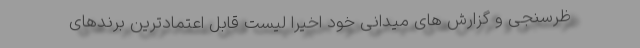
ظرسنجی و گزارش های میدانی خود اخیرا لیست قابل اعتمادترین برندهای